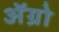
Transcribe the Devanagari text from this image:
अॅग्रो